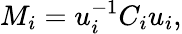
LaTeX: M_{i}=u_{i}^{-1}C_{i}u_{i},